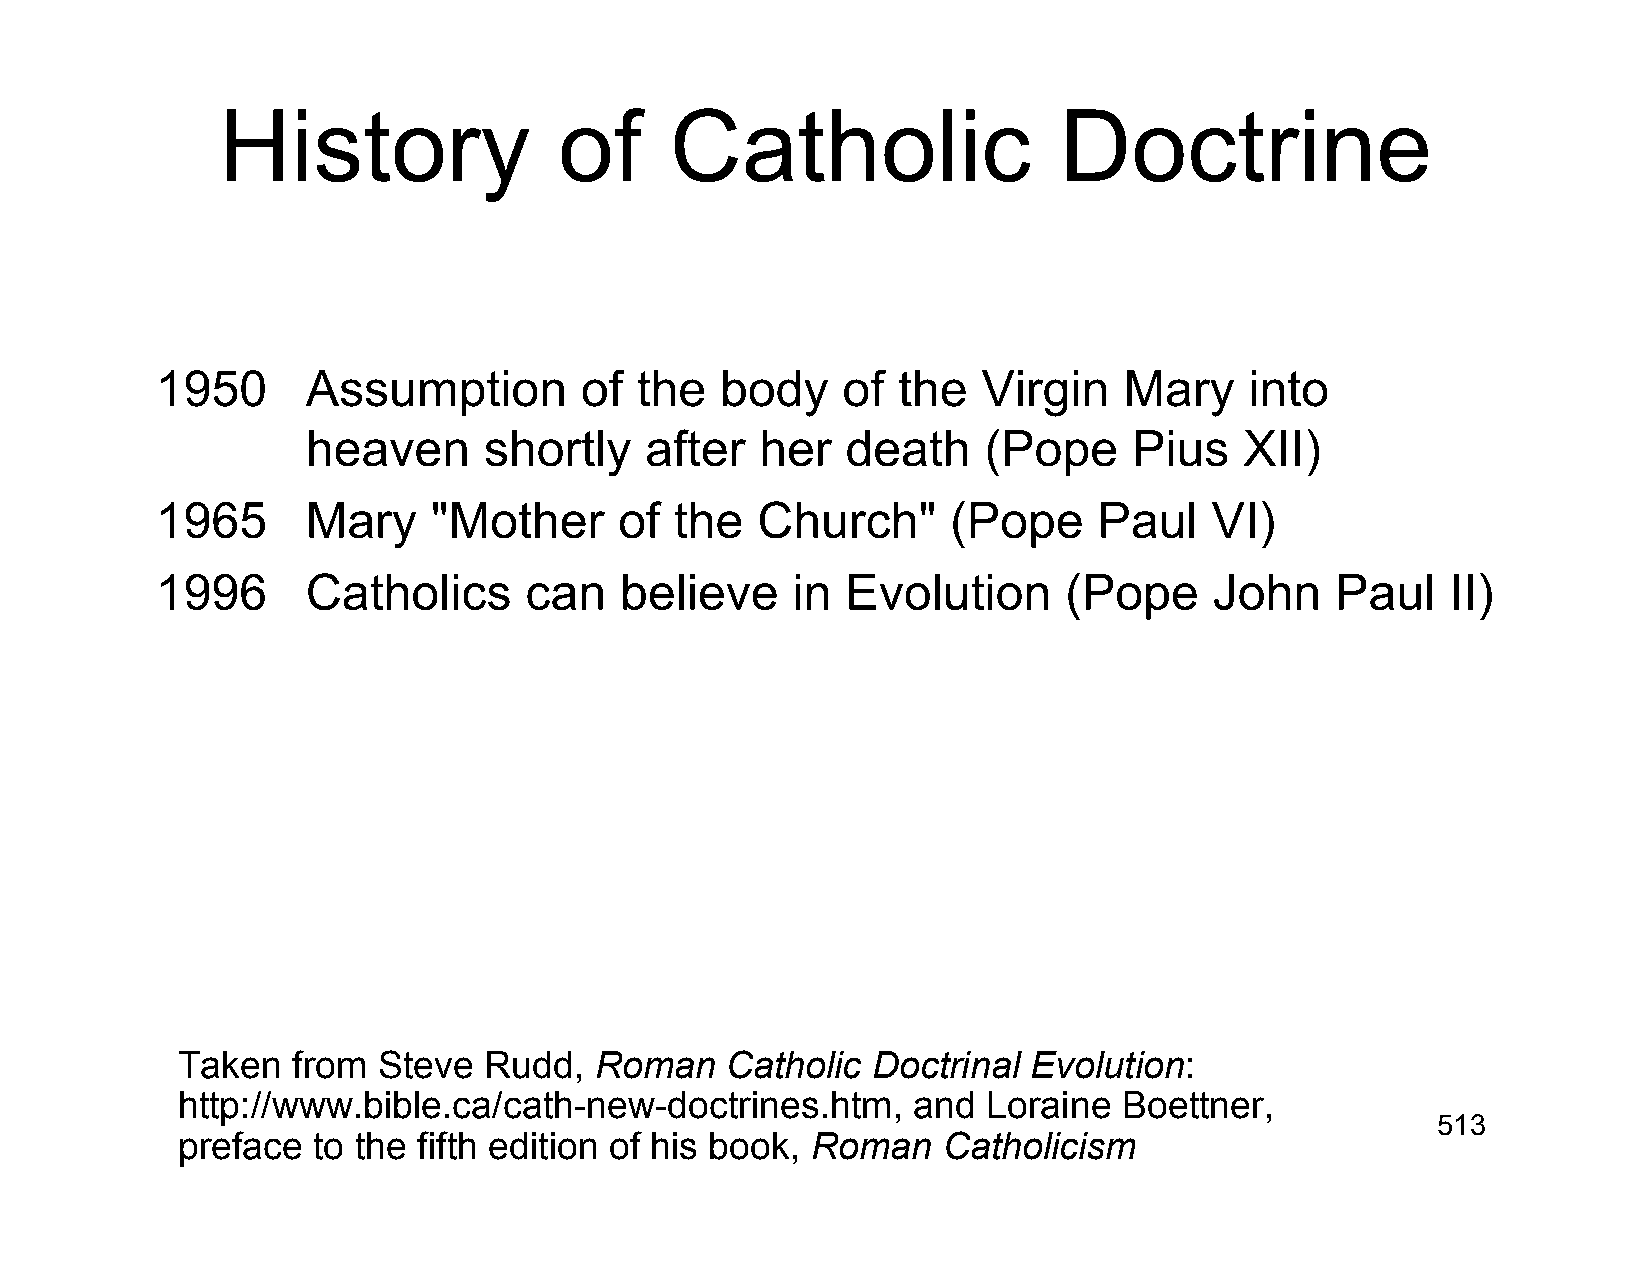
History                of     Catholic                  Doctrine
 1950      Assumption        of  the   body    of the   Virgin   Mary     into
 heaven      shortly    after  her   death    (Pope     Pius   XII)
 1965      Mary     "Mother     of  the  Church"      (Pope     Paul   VI)
 1996      Catholics      can   believe    in  Evolution     (Pope     John    Paul    II)
 Taken  from  Steve  Rudd,  Roman    Catholic  Doctrinal Evolution:
 http://www.bible.ca/cath-new-doctrines.htm,     and  Loraine  Boettner,
 513
 preface  to the fifth edition of his book, Roman  Catholicism